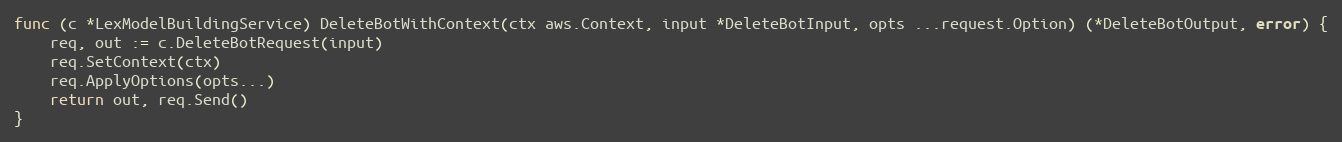
Language: Go
func (c *LexModelBuildingService) DeleteBotWithContext(ctx aws.Context, input *DeleteBotInput, opts ...request.Option) (*DeleteBotOutput, error) {
	req, out := c.DeleteBotRequest(input)
	req.SetContext(ctx)
	req.ApplyOptions(opts...)
	return out, req.Send()
}